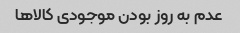
عدم به روز بودن موجودی کالاها